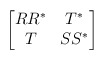
\begin{align*}\begin{bmatrix}RR^* & T^*\\T & SS^*\end{bmatrix}\end{align*}